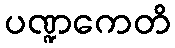
ပဏ္ဍကေတိ